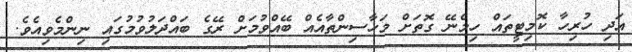
އަދި ހުރިހާ ކޮމިޓީތައް ހިމެނޭ ގޮތަށް މަހާސިންތާއެއް ބޭއްވުމަށް ރޭގެ ބައްދަލުވުމުގައި ނިންމެވިއެވެ.